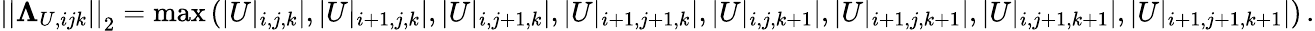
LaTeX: \left|\left|\mathbf\Lambda_{U,ijk}\right|\right|_{2}=\operatorname*{max}\left(\left|U|_{i,j,k}\right|,\left|U|_{i+1,j,k}\right|,\left|U|_{i,j+1,k}\right|,\left|U|_{i+1,j+1,k}\right|,\left|U|_{i,j,k+1}\right|,\left|U|_{i+1,j,k+1}\right|,\left|U|_{i,j+1,k+1}\right|,\left|U|_{i+1,j+1,k+1}\right|\right)\, .